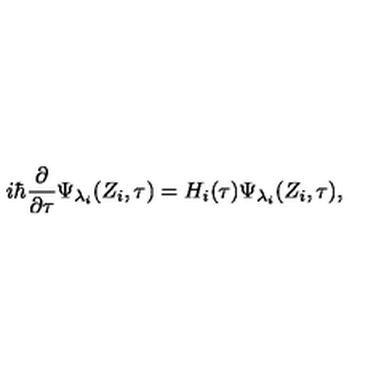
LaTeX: i \hbar \frac \partial { \partial \tau } \Psi _ { \lambda _ { i } } ( Z _ { i } , \tau ) = H _ { i } ( \tau ) \Psi _ { \lambda _ { i } } ( Z _ { i } , \tau ) ,